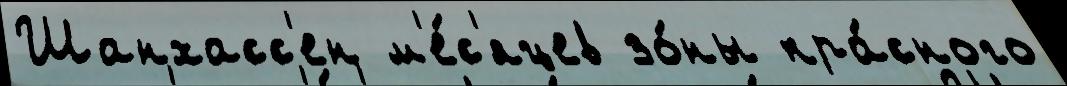
Шанхасс'ен м'е́с'яцев зо́ны кра́сного